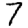
Digit: 7